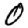
Digit: 0